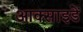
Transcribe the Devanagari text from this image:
आक्साइडें